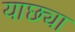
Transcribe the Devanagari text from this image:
याछ्या